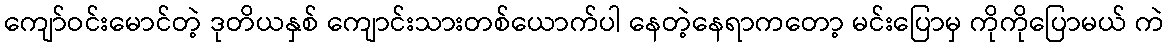
ကျော်ဝင်းမောင်တဲ့ ဒုတိယနှစ် ကျောင်းသားတစ်ယောက်ပါ နေတဲ့နေရာကတော့ မင်းပြောမှ ကိုကိုပြောမယ် ကဲ